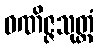
ဝဏိဇ္ဇသုတ္တံ